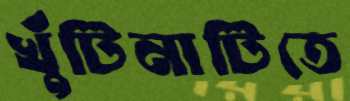
খুঁটিনাটিতে